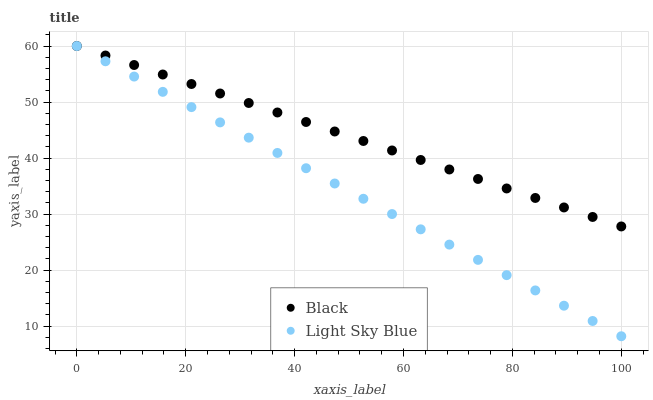
| xaxis_label | Black | Light Sky Blue |
 | --- | --- | --- |
 | 0 | 60 | 60 |
 | 5.26 | 58.3 | 57.3 |
 | 10.5 | 56.6 | 54.5 |
 | 15.8 | 54.9 | 51.8 |
 | 21.1 | 53.2 | 49.1 |
 | 26.3 | 51.5 | 46.4 |
 | 31.6 | 49.8 | 43.6 |
 | 36.8 | 48.1 | 40.9 |
 | 42.1 | 46.4 | 38.2 |
 | 47.4 | 44.7 | 35.5 |
 | 52.6 | 43 | 32.7 |
 | 57.9 | 41.4 | 30 |
 | 63.2 | 39.7 | 27.3 |
 | 68.4 | 38 | 24.5 |
 | 73.7 | 36.3 | 21.8 |
 | 78.9 | 34.6 | 19.1 |
 | 84.2 | 32.9 | 16.4 |
 | 89.5 | 31.2 | 13.6 |
 | 94.7 | 29.5 | 10.9 |
 | 100 | 27.8 | 8.19 |